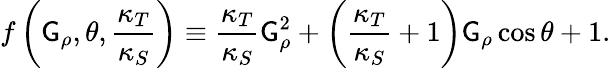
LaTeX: f\left(\mathsf{G}_{\rho},\theta,\frac{{\kappa_{T}}}{{\kappa_{S}}}\right)\equiv\frac{{\kappa_{T}}}{{\kappa_{S}}}\mathsf{G}_{\rho}^{2}+\left(\frac{{\kappa_{T}}}{{\kappa_{S}}}+1\right)\mathsf{G}_{\rho}\cos{\theta}+1.